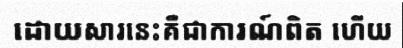
ដោយសារនេះគឺជាការណ៍ពិត ហើយ